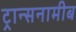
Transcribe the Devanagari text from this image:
ट्रान्सनामीब